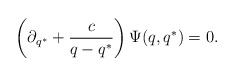
\begin{align*}\left (\partial_{q^*}+\frac{c}{q-q^*}\right )\Psi (q,q^*)=0.\end{align*}